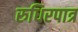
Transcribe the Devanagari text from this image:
रुधिरपात्र